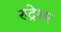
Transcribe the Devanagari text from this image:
रुद्रेश्वर